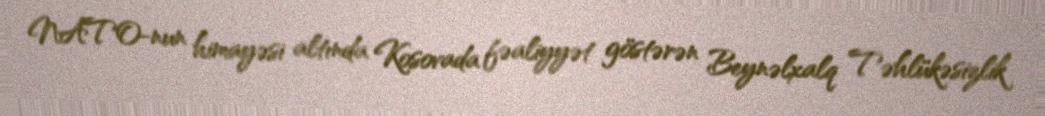
NATO-nun himayəsi altında Kosovada fəaliyyət göstərən Beynəlxalq Təhlükəsizlik